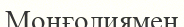
Монғолиямен